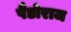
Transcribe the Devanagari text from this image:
पैंडोराज